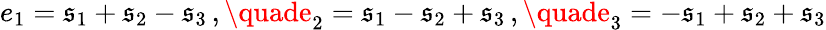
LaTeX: e_{1}=\mathfrak{s}_{1}+\mathfrak{s}_{2}-\mathfrak{s}_{3}\, ,\quade_{2}=\mathfrak{s}_{1}-\mathfrak{s}_{2}+\mathfrak{s}_{3}\, ,\quade_{3}=-\mathfrak{s}_{1}+\mathfrak{s}_{2}+\mathfrak{s}_{3}